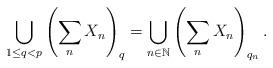
LaTeX: \begin{align*}\bigcup_{1\leq q<p}\left( \sum_{n}X_{n}\right) _{q}=\bigcup_{n\in\mathbb{N}}\left( \sum_{n}X_{n}\right) _{q_{n}}. \end{align*}